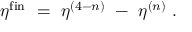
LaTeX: \eta ^ { \mathrm { \footnotesize { f i n } } } ~ = ~ \eta ^ { ( 4 - n ) } ~ - ~ \eta ^ { ( n ) } ~ .